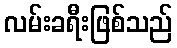
လမ်းခရီးဖြစ်သည်